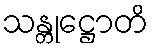
သန္တုဋ္ဌောတိ